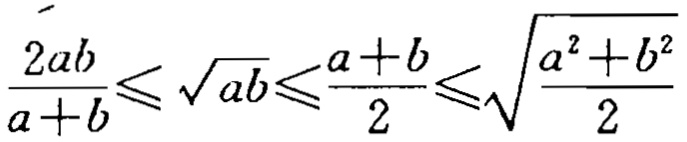
\(\frac{2ab}{a + b} \leqslant \sqrt{ab} \leqslant \frac{a + b}{2} \leqslant \sqrt{\frac{a^{2} + b^{2}}{2}}\)